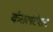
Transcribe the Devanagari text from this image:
कंसलटेशन